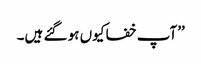
’’آپ خفا کیوں ہو گئے ہیں۔